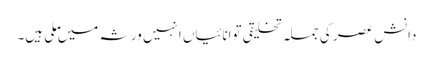
دانش عصر کی جملہ تخلیقی توانائیاں انہیں ورثہ میں ملی ہیں۔